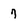
Character: 7